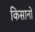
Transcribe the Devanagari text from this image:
किसानों